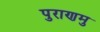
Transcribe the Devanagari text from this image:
पुराणमु